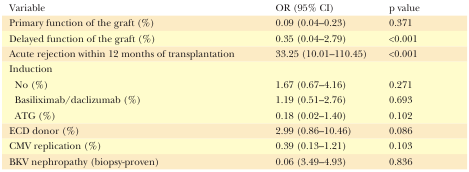
| Variable | OR (95% CI) | p value |
 | --- | --- | --- |
 | Primary function of the graft (%) | 0.09 (0.04–0.23) | 0.371 |
 | Delayed function of the graft (%) | 0.35 (0.04–2.79) | <0.001 |
 | Acute rejection within 12 months of transplantation | 33.25 (10.01–110.45) | <0.001 |
 | <COLSPAN=3> Induction |
 | No (%) | 1.67 (0.67–4.16) | 0.271 |
 | Basiliximab/daclizumab (%) | 1.19 (0.51–2.76) | 0.693 |
 | ATG (%) | 0.18 (0.02–1.40) | 0.102 |
 | ECD donor (%) | 2.99 (0.86–10.46) | 0.086 |
 | CMV replication (%) | 0.39 (0.13–1.21) | 0.103 |
 | BKV nephropathy (biopsy-proven) | 0.06 (3.49–4.93) | 0.836 |